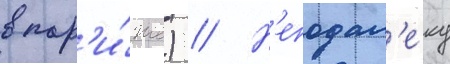
в пар'и́же) // Н'еподал'еку